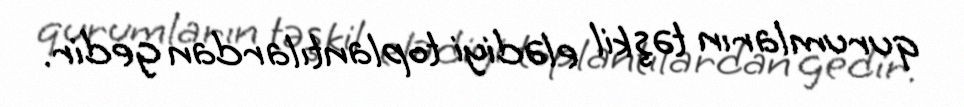
qurumların təşkil elədiyi toplantılardan gedir.